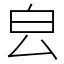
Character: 㿝